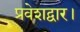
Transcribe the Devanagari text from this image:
प्रवेशद्वार।